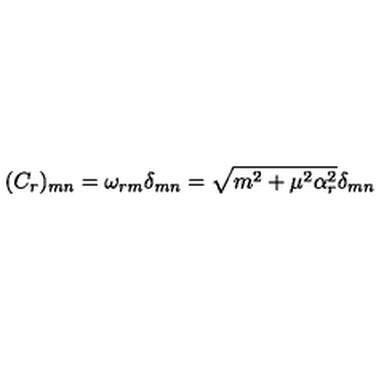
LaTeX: ( C _ { r } ) _ { m n } = \omega _ { r m } \delta _ { m n } = \sqrt { m ^ { 2 } + \mu ^ { 2 } \alpha _ { r } ^ { 2 } } \delta _ { m n }